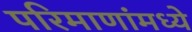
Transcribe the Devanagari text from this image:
परिमाणांमध्ये